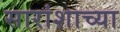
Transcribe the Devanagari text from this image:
सारांशाच्या